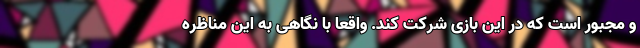
و مجبور است که در این بازی شرکت کند. واقعا با نگاهی به این مناظره